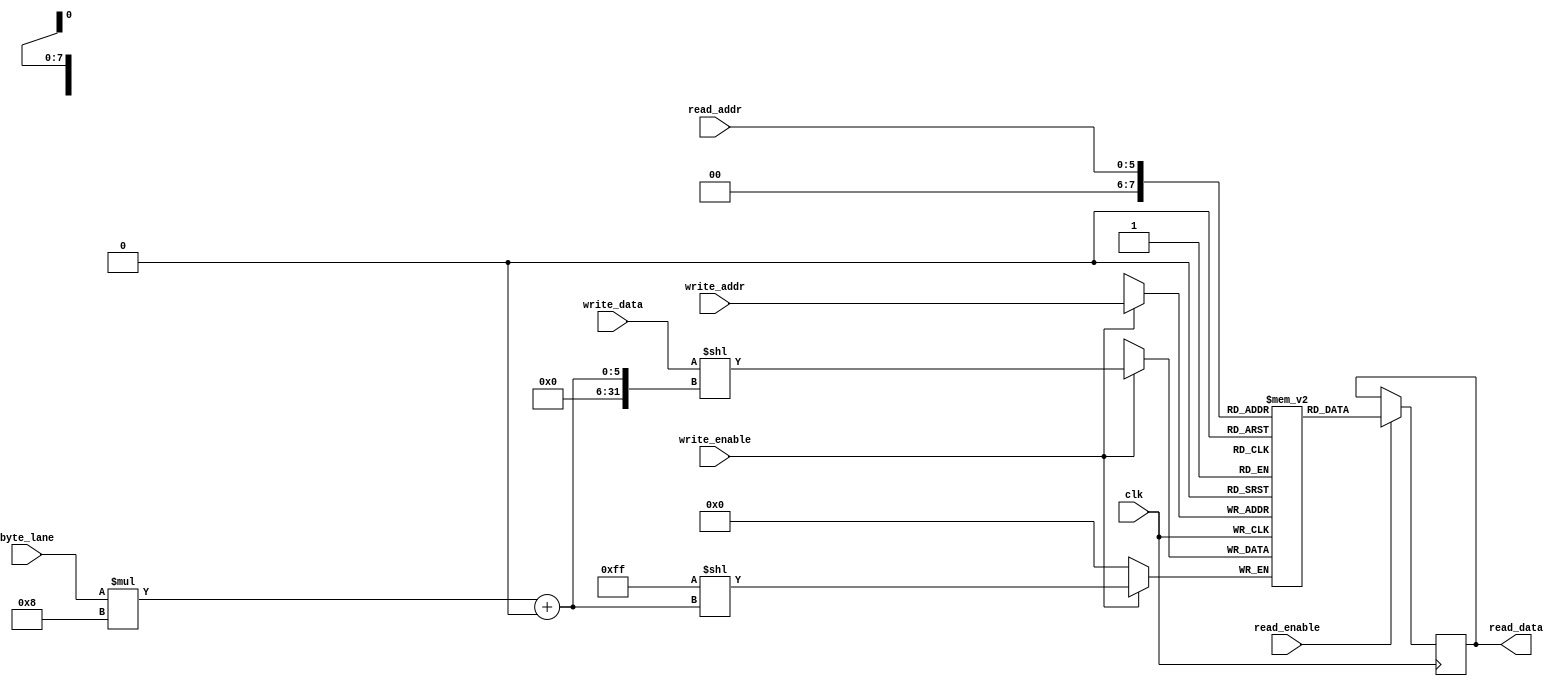
module asym_ram_sdp_wide_sync_read_via_part_selection_logic #(parameter ADDR_WIDTH = 8)(
input clk, write_enable, read_enable,
input byte_lane,
input [7:0] write_addr,
input [5:0] read_addr,
input [7:0] write_data,
output reg [15:0] read_data
);
(* ram_style = "logic" *)
reg [15:0] mem [2**ADDR_WIDTH - 1 : 0];

always @(posedge clk) begin
	if (write_enable)
    		mem[write_addr][byte_lane * 8 +: 8] <= write_data;

	if (read_enable)
    	read_data <= mem[read_addr];
end



endmodule